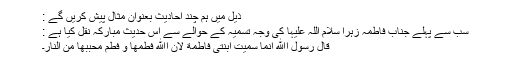
ذیل میں ہم چند احادیث بعنوان مثال پیش کریں گے :
سب سے پہلے جناب فاطمہ زہرا سلام اللہ علیہا کی وجہ تسمیہ کے حوالے سے اس حدیث مبارکہ نقل کیا ہے :
قَالَ رَسُوْلُ اﷲِ اِنَّمَا سُمِّیَتْ اِبْنَتِیْ فَاطِمَةَ لِاَنَّ اﷲَ فَطْمها وَ فَطْمَ مُحِبِّبها مِنَ النَّارِ۔